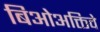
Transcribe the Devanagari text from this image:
बिओअक्तिवे